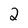
Character: 2